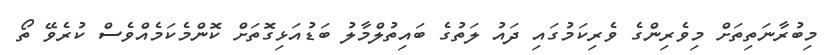
މިބުރާނަތިތަށް މިވެރިންގެ ވެރިކަމުގައި ދައު ލަތުގެ ބައިތުލްމާލު ބަޑުއަޅިގޮތަށް ކޮންމެކަމެއްވެސް ކުރެވޭ ތޯ